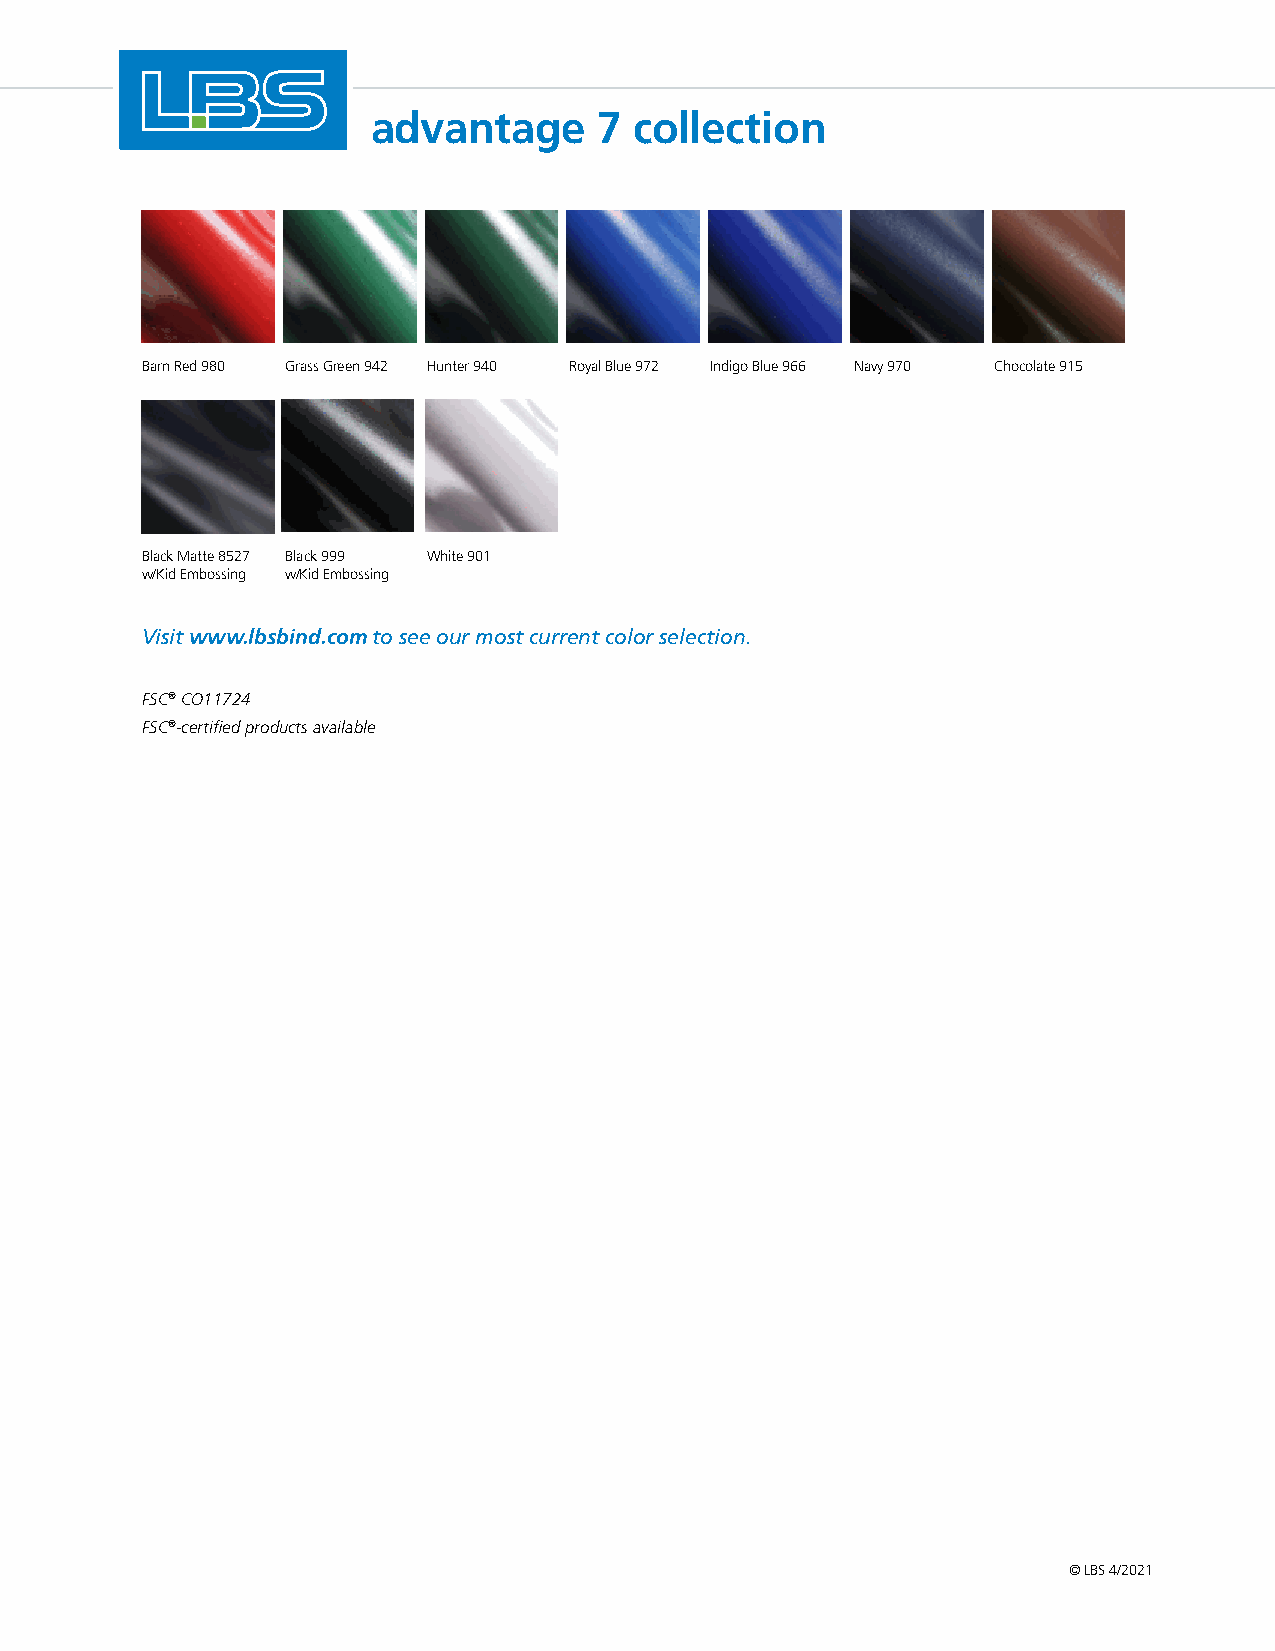
advantage      7 collection
 Barn Red 980 Grass Green 942 Hunter 940 Royal Blue 972 Indigo Blue 966 Navy 970 Chocolate 915
 Black Matte 8527 Black 999 White 901
 w/Kid Embossing w/Kid Embossing
 Visit www.lbsbind.com to see our most current color selection.
 FSC® CO11724
 FSC®-certified products available
 © LBS 4/2021